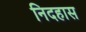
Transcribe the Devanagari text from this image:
निदहास